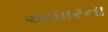
આધારના